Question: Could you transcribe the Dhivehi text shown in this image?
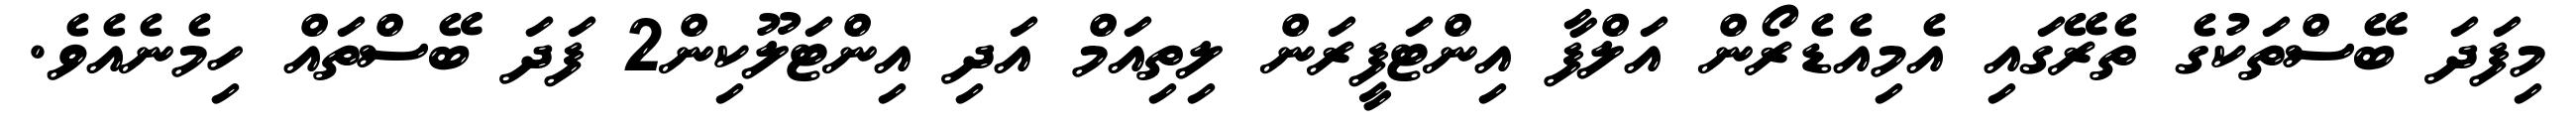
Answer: މިފަދަ ބޭސްތަކުގެ ތެރޭގައި އެމިއެޑެރޯން އަލްފާ އިންޓަފީރަން ލިތިއަމް އަދި އިންޓަލޫކިން2 ފަދަ ބޭސްތައް ހިމެނެއެވެ.